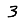
Digit: 3